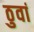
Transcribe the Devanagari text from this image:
ठुवां